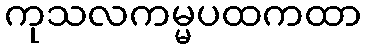
ကုသလကမ္မပထကထာ